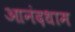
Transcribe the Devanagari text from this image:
आनंदधाम